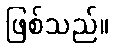
ဖြစ်သည်။